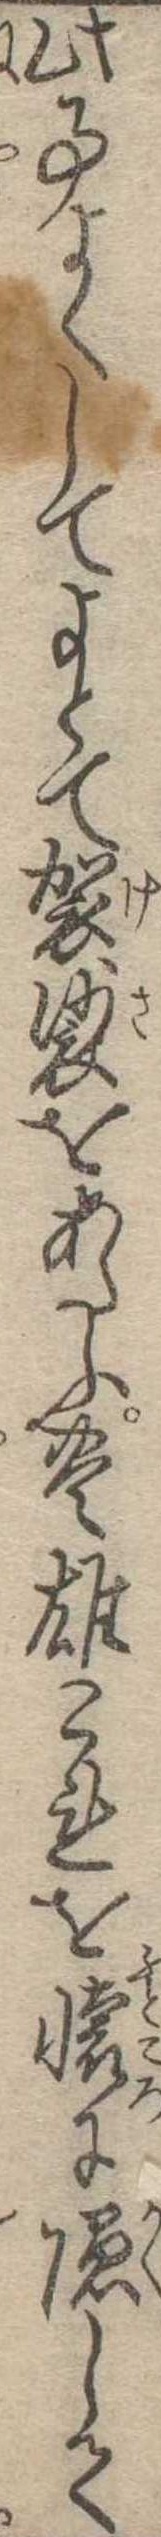
此事よくしてよとて袈裟をあたふ豊雄これを懐に隠して